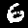
Label: 6